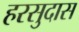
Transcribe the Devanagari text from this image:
हरसुदास